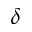
\delta